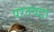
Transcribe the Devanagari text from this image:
परतवडा